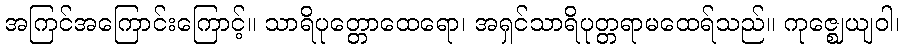
အကြင်အကြောင်းကြောင့်။ သာရိပုတ္တောထေရော၊ အရှင်သာရိပုတ္တရာမထေရ်သည်။ ကုဇ္ဈေယျဝါ၊